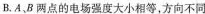
B.A、B两点的电场强度大小相等，方向不同